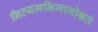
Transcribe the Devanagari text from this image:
नित्यमभिमानोन्नतं